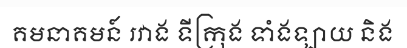
គមនាគមន៍ រវាង ទីក្រុង ទាំងឡាយ និង